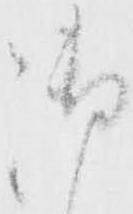
御